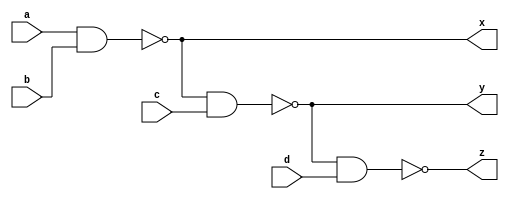
`timescale 1ns / 1ps

/*
Company: Sogang University
Engineer: G_EEE3
Create Date: 2021/09/30 15:12:10
Module Name: four_input_nand_gate
*/

module four_input_nand_gate(
    input a, b, c, d,
    output x, y, z
);
    
assign x = ~(a & b);
assign y = ~(x & c);
assign z = ~(y & d);
    
endmodule